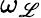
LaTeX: \omega_{\mathscr{L}}